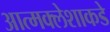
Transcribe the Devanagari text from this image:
आत्मक्लेशाकडे